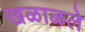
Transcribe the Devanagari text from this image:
खळाळले